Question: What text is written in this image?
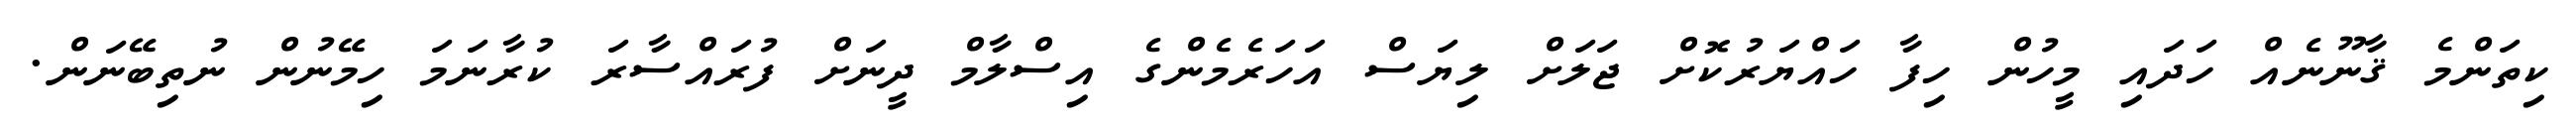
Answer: ކިތަންމެ ޤާނޫނެއް ހަދައި މީހުން ހިފާ ހައްޔަރުކޮށް ޖަލަށް ލިޔަސް އަހަރެމެންގެ އިސްލާމް ދީނަށް ފުރައްސާރަ ކުރާނަމަ ހިމޭނުން ނުތިބޭނަން.